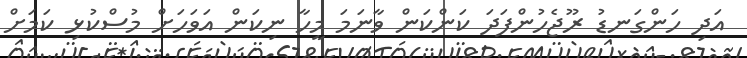
އަދި ހަންގަނޑު ރޫޖެހުންފަދަ ކަންކަން ވާނަމަ މީހާ ނިކަން އަވަހަށް މުސްކުޅި ކަމަށް